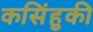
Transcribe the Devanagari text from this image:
कसिंहुकी